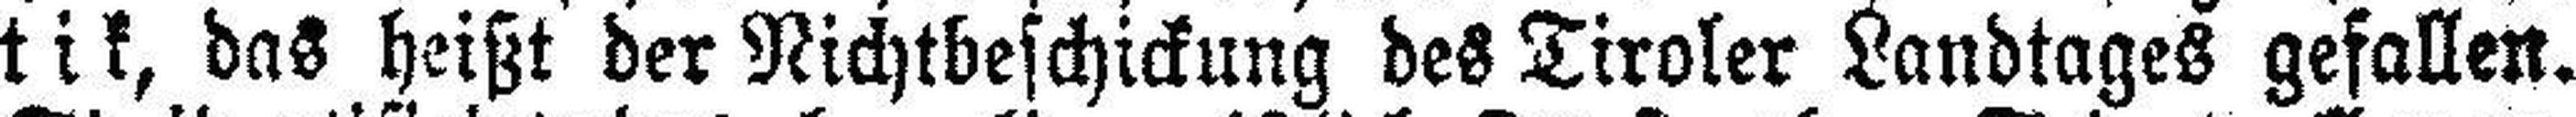
tik, das heißt der Nichtbeschickung des Tiroler Landtages gefallen.